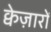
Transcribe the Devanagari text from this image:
क्वेज़ारों